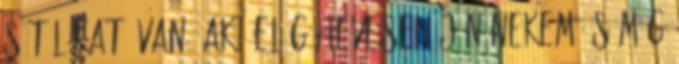
sétálókat. Van, aki elég hevesen jön nekem és még